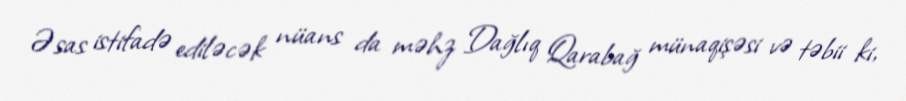
Əsas istifadə ediləcək nüans da məhz Dağlıq Qarabağ münaqişəsi və təbii ki,